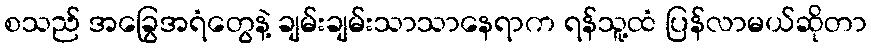
စသည် အခြွေအရံတွေနဲ့ ချမ်းချမ်းသာသာနေရာက ရန်သူ့ထံ ပြန်လာမယ်ဆိုတာ